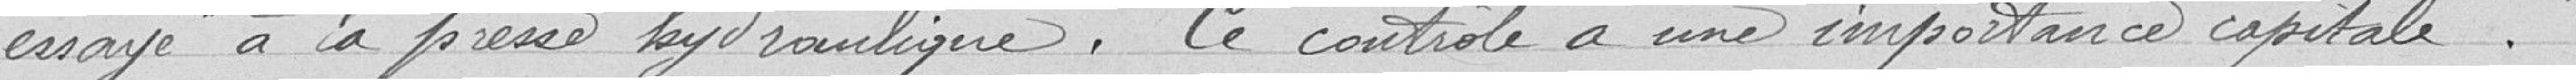
essayé à la presse hydraulique. Ce contrôle a une importance capitale